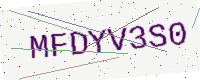
Text: MFDYV3S0